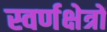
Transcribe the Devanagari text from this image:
स्वर्णक्षेत्रों